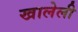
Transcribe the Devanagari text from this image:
खालेली